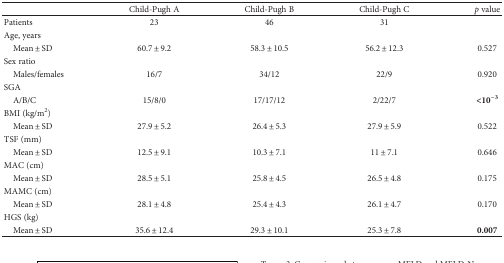
<table><thead><tr><td></td><td><b>Child-Pugh A</b></td><td><b>Child-Pugh B</b></td><td><b>Child-Pugh C</b></td><td><b><i>p</i> value</b></td></tr></thead><tbody><tr><td>Patients</td><td>23</td><td>46</td><td>31</td><td></td></tr><tr><td>Age, years</td><td></td><td></td><td></td><td></td></tr><tr><td> Mean ± SD</td><td>60.7 ± 9.2</td><td>58.3 ± 10.5</td><td>56.2 ± 12.3</td><td>0.527</td></tr><tr><td>Sex ratio</td><td></td><td></td><td></td><td></td></tr><tr><td> Males/females</td><td>16/7</td><td>34/12</td><td>22/9</td><td>0.920</td></tr><tr><td>SGA</td><td></td><td></td><td></td><td></td></tr><tr><td> A/B/C</td><td>15/8/0</td><td>17/17/12</td><td>2/22/7</td><td><b>&lt;10</b><sup><b>−3</b></sup></td></tr><tr><td>BMI (kg/m<sup>2</sup>)</td><td></td><td></td><td></td><td></td></tr><tr><td> Mean ± SD</td><td>27.9 ± 5.2</td><td>26.4 ± 5.3</td><td>27.9 ± 5.9</td><td>0.522</td></tr><tr><td>TSF (mm)</td><td></td><td></td><td></td><td></td></tr><tr><td> Mean ± SD</td><td>12.5 ± 9.1</td><td>10.3 ± 7.1</td><td>11 ± 7.1</td><td>0.646</td></tr><tr><td>MAC (cm)</td><td></td><td></td><td></td><td></td></tr><tr><td> Mean ± SD</td><td>28.5 ± 5.1</td><td>25.8 ± 4.5</td><td>26.5 ± 4.8</td><td>0.175</td></tr><tr><td>MAMC (cm)</td><td></td><td></td><td></td><td></td></tr><tr><td> Mean ± SD</td><td>28.1 ± 4.8</td><td>25.4 ± 4.3</td><td>26.1 ± 4.7</td><td>0.170</td></tr><tr><td>HGS (kg)</td><td></td><td></td><td></td><td></td></tr><tr><td> Mean ± SD</td><td>35.6 ± 12.4</td><td>29.3 ± 10.1</td><td>25.3 ± 7.8</td><td><b>0.007</b></td></tr></tbody></table>